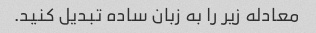
معادله زیر را به زبان ساده تبدیل کنید.